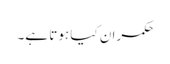
حکمران کیا ہوتا ہے۔